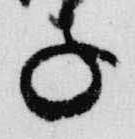
子